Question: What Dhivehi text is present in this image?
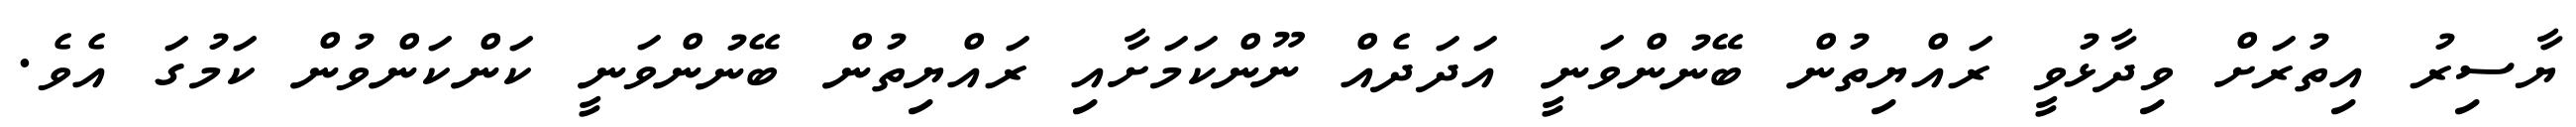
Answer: ޔާސިރު އިތުރަށް ވިދާޅުވީ ރައްޔިތުން ބޭނުންވަނީ އަދަދެއް ނޫންކަމަށާއި ރައްޔިތުން ބޭނުންވަނީ ކަންކަންވުން ކަމުގަ އެވެ.